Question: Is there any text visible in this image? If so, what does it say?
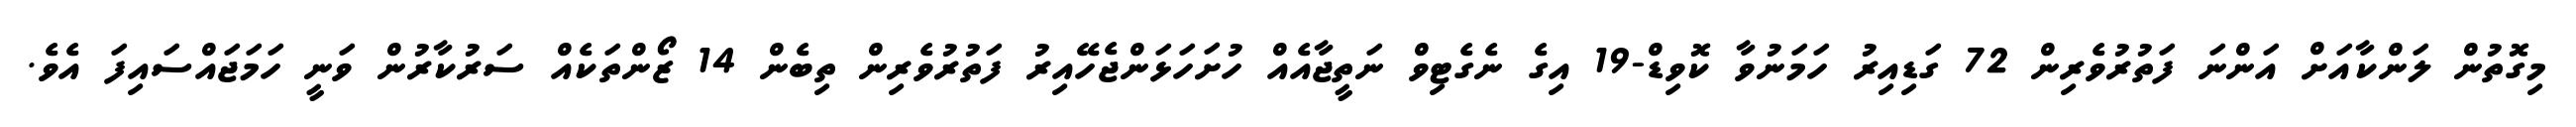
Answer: މިގޮތުން ލަންކާއަށް އަންނަ ފަތުރުވެރިން 72 ގަޑިއިރު ހަމަނުވާ ކޮވިޑް-19 އިގެ ނެގެޓިވް ނަތީޖާއެއް ހުށަހަޅަންޖެހޭއިރު ފަތުރުވެރިން ތިބެން 14 ޒޯންތަކެއް ސަރުކާރުން ވަނީ ހަމަޖައްސައިފަ އެވެ.